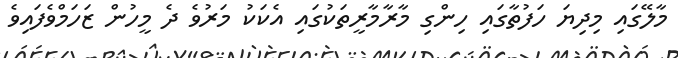
މާލޭގައި މިދިޔަ ހަފުތާގައި ހިންގި މާރާމާރީތަކުގައި އެކަކު މަރުވެ ދެ މީހުން ޒަހަމްވެފައިވެ